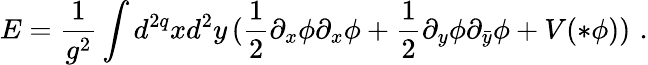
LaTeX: E=\frac{1}{g^{2}}\int d^{2q}xd^{2}y\, (\frac{1}{2}\partial_{x}\phi\partial_{x}\phi+\frac{1}{2}\partial_{y}\phi\partial_{\bar{y}}\phi+V(*\phi))\, \, .